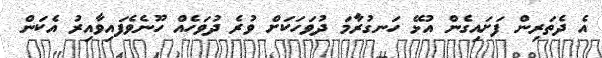
އެ ދެތަރިން ފަށައިގެން އުޅޭ ހަނގުރާމަ ދުވަހަކަށް ވުރެ ދުވަހެއް ހޫނެވެފައިވާއިރު އެކަން